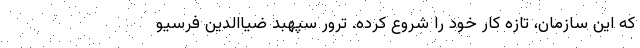
که این سازمان، تازه کار خود را شروع کرده. ترور سپهبد ضیاالدین فَرْسیو